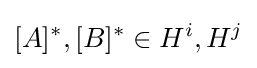
[A]^{*},[B]^{*}\in H^{i},H^{j}